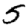
Digit: 5